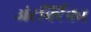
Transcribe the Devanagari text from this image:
अंटर्क्टिका